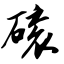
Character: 磙